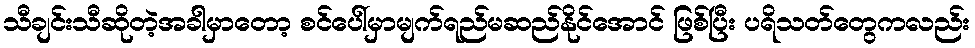
သီချင်းသီဆိုတဲ့အခါမှာတော့ စင်ပေါ်မှာမျက်ရည်မဆည်နိုင်အောင် ဖြစ်ပြီး ပရိသတ်တွေကလည်း